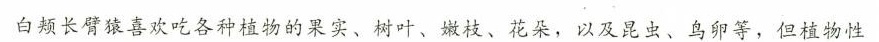
白颊长臂猿喜欢吃各种植物的果实、树叶、嫩枝、花桑，以及昆虫、鸟卵等，但植物性